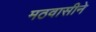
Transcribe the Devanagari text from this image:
मठवासीने